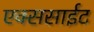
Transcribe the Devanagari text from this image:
एक्ससाईट